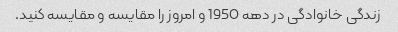
زندگی خانوادگی در دهه 1950 و امروز را مقایسه و مقایسه کنید.